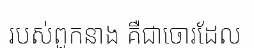
របស់ពួកនាង គឺជាចោរដែល